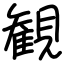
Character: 観